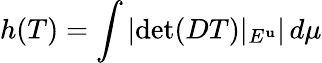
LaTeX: h(T)=\int\left|\operatorname*{det}(DT)|_{E^{\mathbf{u}}}\right|\, d\mu